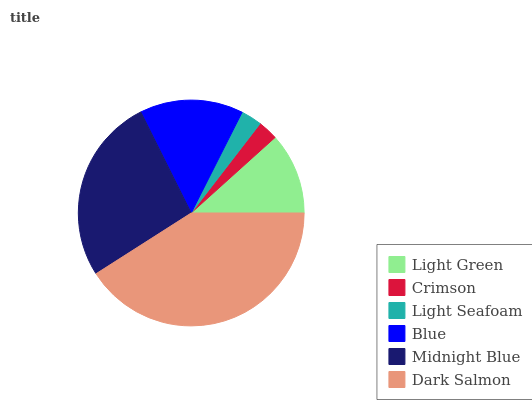
| Light Green | Crimson | Light Seafoam | Blue | Midnight Blue | Dark Salmon |
 | --- | --- | --- | --- | --- | --- |
 | 11.7% | 2.88% | 3.01% | 14.8% | 26.7% | 40.9% |